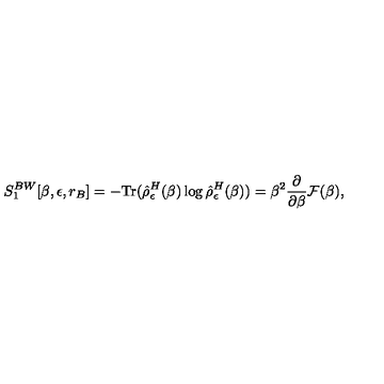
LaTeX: S _ { 1 } ^ { B W } [ \beta , \epsilon , r _ { B } ] = - \mathrm { T r } ( \hat { \rho } _ { \epsilon } ^ { H } ( \beta ) \log \hat { \rho } _ { \epsilon } ^ { H } ( \beta ) ) = \beta ^ { 2 } { \frac { \partial } { \partial \beta } } { \cal F } ( \beta ) ,